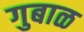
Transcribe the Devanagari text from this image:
गुबाळ